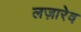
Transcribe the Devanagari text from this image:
लज़ारेव